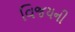
વિજયની